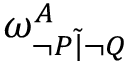
\omega _ { \lnot P { \widetilde { | } } \lnot Q } ^ { A }